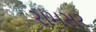
રામસર